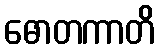
ဓောတကာတိ